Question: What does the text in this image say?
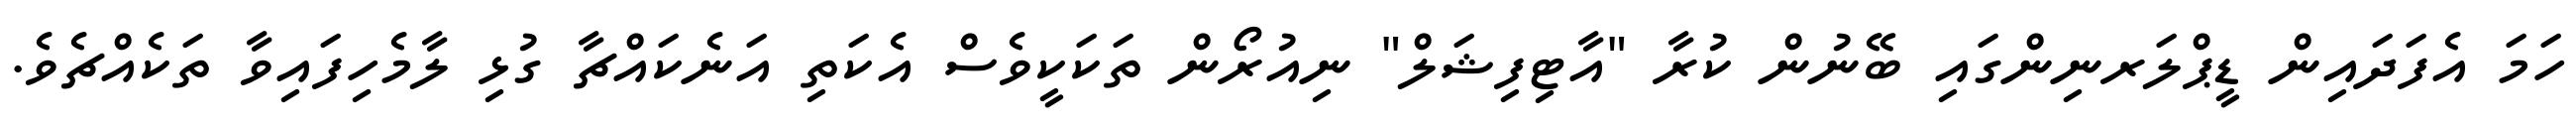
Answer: ހަމަ އެފަދައިން ޑީޕްލަރނިންގައި ބޭނުން ކުރާ "އާޓިފިޝަލް" ނިއުރޯން ތަކަކީވެސް އެކަތި އަނެކައްޗާ ގުޅި ލާމެހިފައިވާ ތަކެއްޗެވެ.